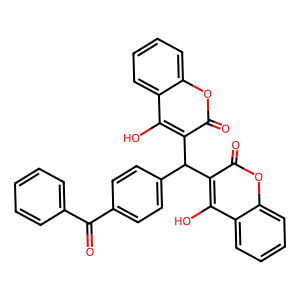
SMILES: O=C(c1ccccc1)c1ccc(C(c2c(O)c3ccccc3oc2=O)c2c(O)c3ccccc3oc2=O)cc1
Inhibits HIV replication: No